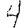
Digit: 4